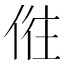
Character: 𠉫